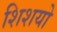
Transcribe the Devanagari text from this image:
शिशयो